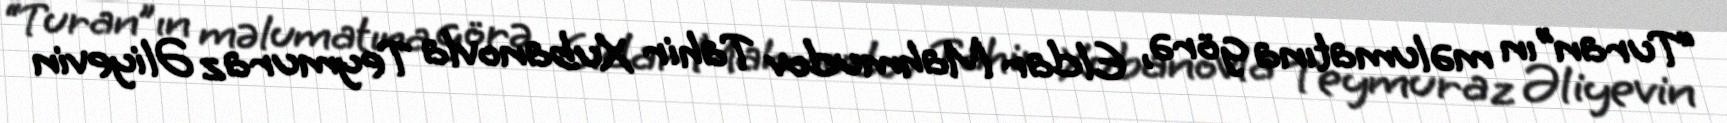
“Turan”ın məlumatına görə, Eldar Mahmudov Tahir Xubanovla Teymuraz Əliyevin